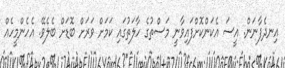
އިނދެފާނަން. އީސަ އެކަންކޮށްފައިވާނީ މަސްތުގެ ހާލަތުގައި ކަމަށް ވަރަށް ބޮޑަށް ބެލެވޭ. އެހެންމީހެއް